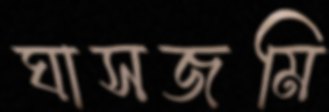
ঘাসজমি